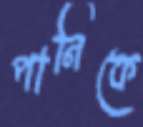
পানিকে